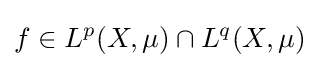
f\in L^{p}(X,\mu )\cap L^{q}(X,\mu )